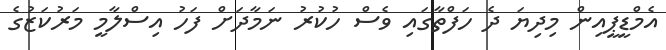
އެމްޑީޕީއިން މިދިޔަ ދެ ހަފްތާގައި ވެސް ހުކުރު ނަމާދަށް ފަހު އިސްލާމީ މަރުކަޒުގެ